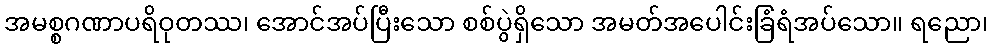
အမစ္စဂဏာပရိဝုတဿ၊ အောင်အပ်ပြီးသော စစ်ပွဲရှိသော အမတ်အပေါင်းခြံရံအပ်သော။ ရညော၊